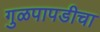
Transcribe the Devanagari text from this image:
गुळपापडीचा